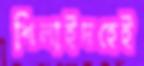
শিলাইদহেই